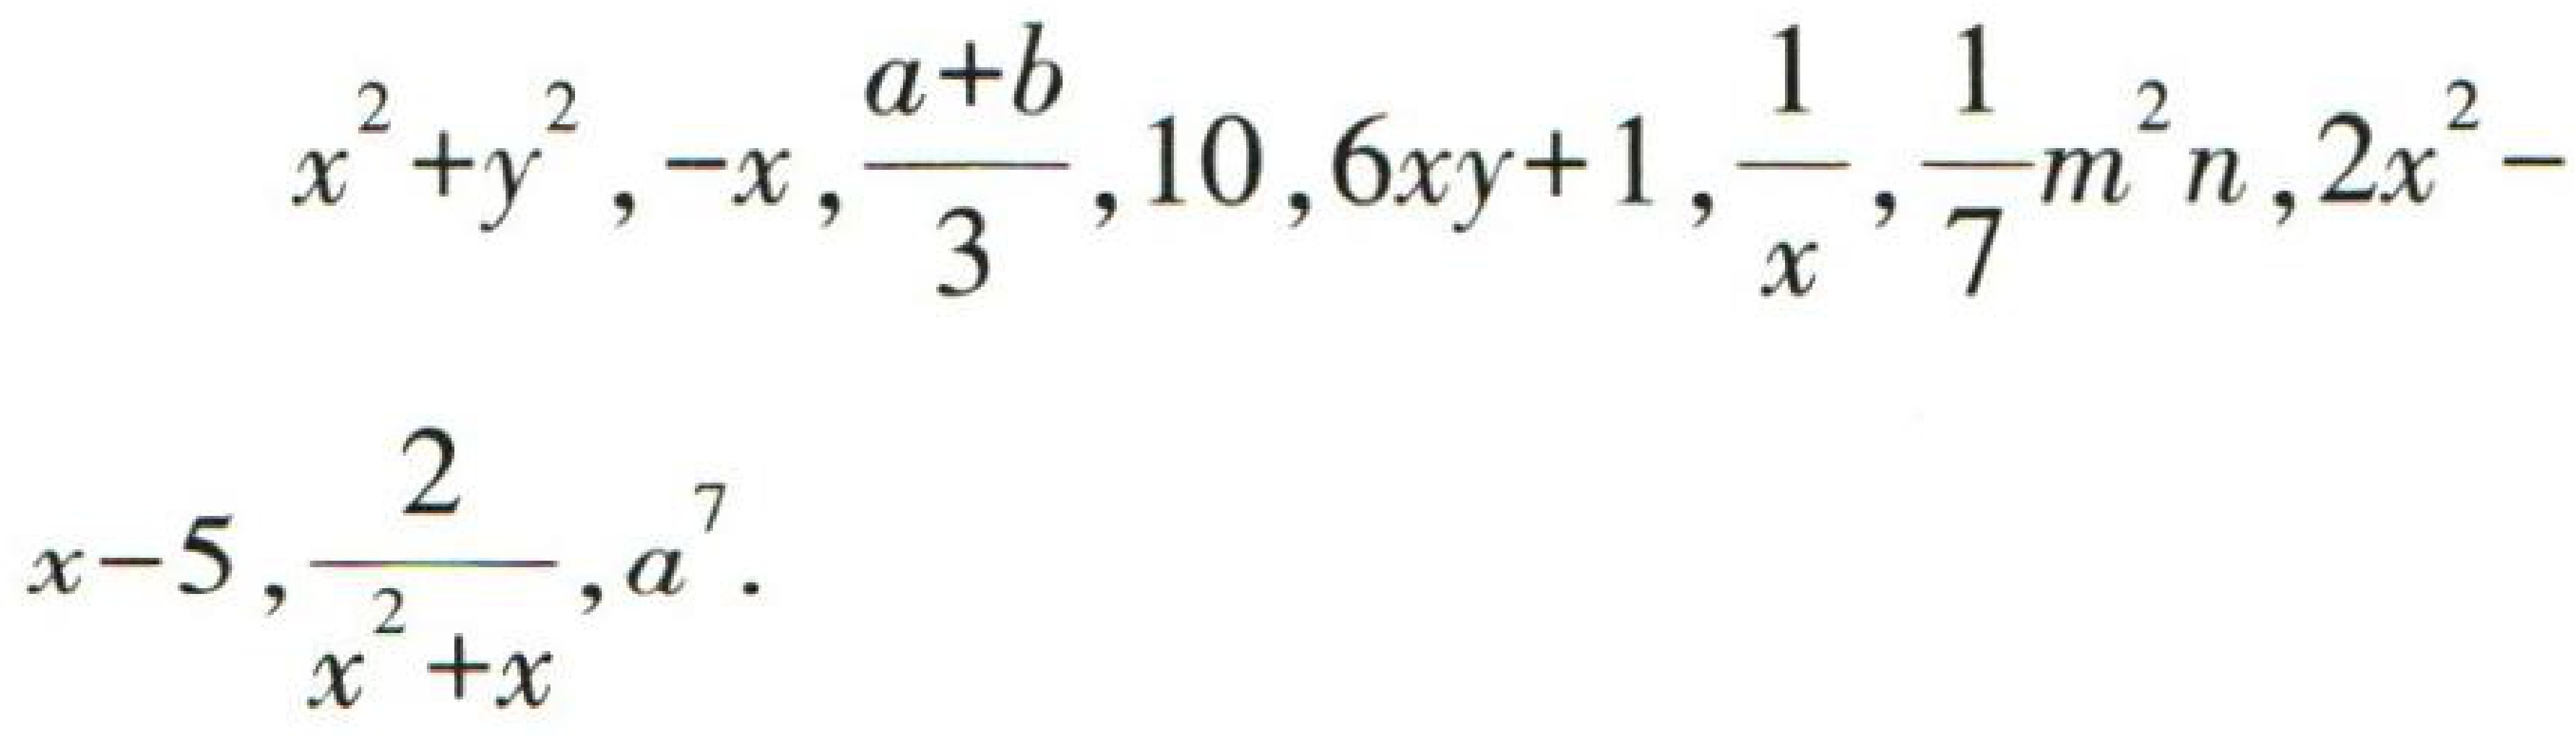
$x^{2}+y^{2},-x,\frac{a + b}{3},10,6xy + 1,\frac{1}{x},\frac{1}{7}m^{2}n,2x^{2}-x - 5,\frac{2}{x^{2}+x},a^{7}$